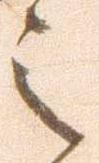
之